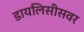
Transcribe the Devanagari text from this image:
डायलिसीसवर